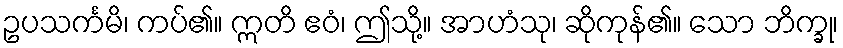
ဥပသင်္ကမိ၊ ကပ်၏။ ဣတိ ဧဝံ၊ ဤသို့။ အာဟံသု၊ ဆိုကုန်၏။ သော ဘိက္ခု၊